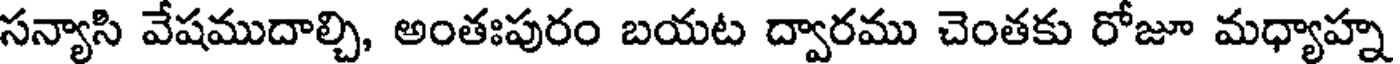
సన్యాసి వేషముదాల్చి, అంతఃపురం బయట ద్వారము చెంతకు రోజూ మధ్యాహ్న